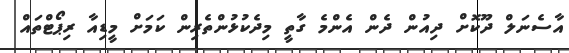
އާސެނަލް ދޫކޮށް ދިއުން ދެން އެންމެ ގާތީ މިދެކުޅުންތެރިން ކަމަށް މީޑިއާ ރިޕޯޓްތައް